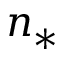
n _ { * }